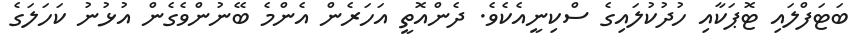
ބަޓަފްލައި ޓޮޕަކާއި ހުދުކުލައިގެ ސްކިނީއެކެވެ. ދެންއޮތީ އަހަރެން އެންމެ ބޭނުންވެގެން އުޅުނު ކަހަލަގެ